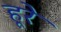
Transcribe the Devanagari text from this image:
हूरे